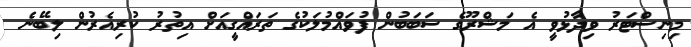
މިނިސްޓަރު ވިދާޅުވީ އެ މަޝްރޫގެ ސަބަބުން ފުވައްމުލަކުގެ ތަރައްގީއަށް އިތުރު ކުރިއެރުން ލިބޭނެ